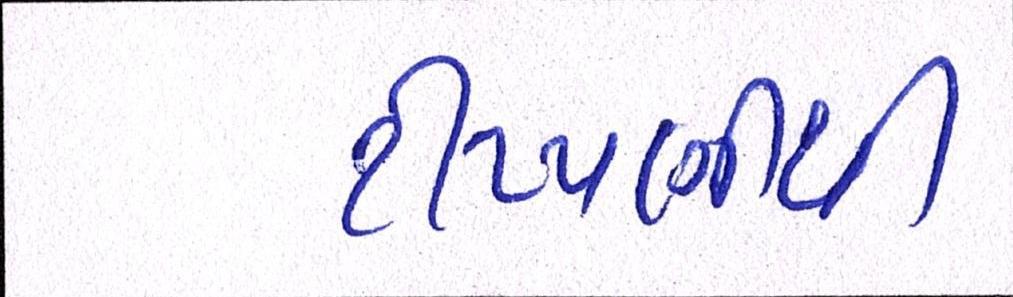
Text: ટીપ્પણીથી